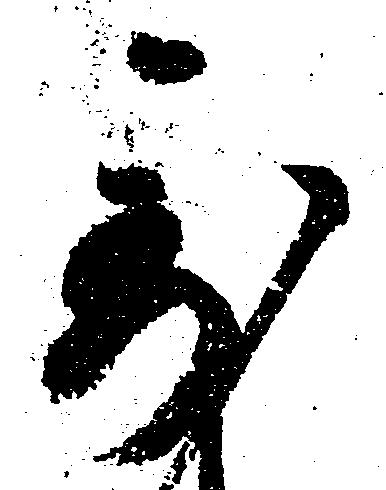
到